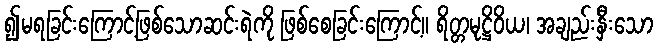
၍မရခြင်းကြောင့်ဖြစ်သောဆင်းရဲကို ဖြစ်စေခြင်းကြောင့်။ ရိတ္တမုဋ္ဌိဝိယ၊ အချည်းနှီးသော